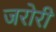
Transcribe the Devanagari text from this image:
जरोरी